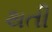
થતી